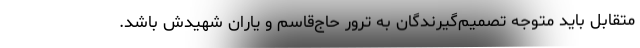
متقابل باید متوجه تصمیم‌گیرندگان به ترور حاج‌قاسم و یاران شهیدش باشد.